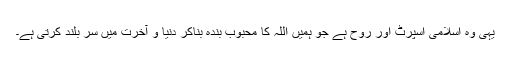
یہی وہ اسلامی اسپرٹ اور روح ہے جو ہمیں اللہ کا محبوب بندہ بناکر دنیا و آخرت میں سر بلند کرتی ہے۔